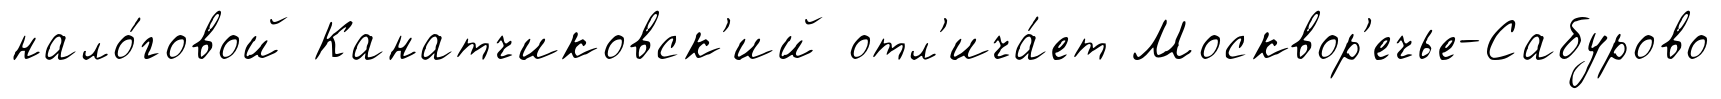
нало́говой Канатчиковск'ий отл'ича́ет Москвор'ечье-Сабурово